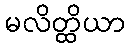
မလိတ္ထိယာ